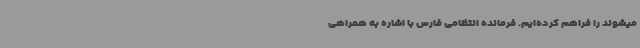
میشوند را فراهم کرده‌ایم. فرمانده انتظامی فارس با اشاره به همراهی